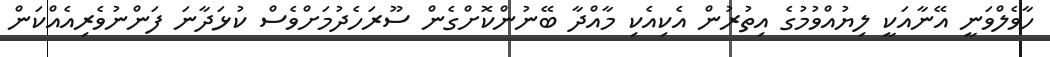
ހާވެލްވަނީ އޭނާއަކީ ލިޔުއްވުމުގެ އިތުރުން އެކިއެކި މާއްދާ ބޭނުންކޮށްގެން ސޫރަހެދުމަށްވެސް ކުޅަދާނަ ފަންނުވެރިއެއްކަން